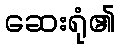
ဆေးရုံ၏